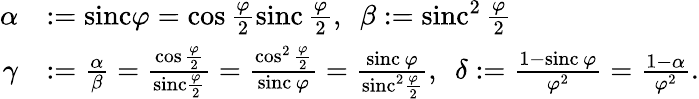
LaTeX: \begin{array}{rl}{\alpha}&{:=\mathrm{sinc}\varphi=\cos\frac{\varphi}{2}\mathrm{sinc\, }\frac{\varphi}{2},\ \ \beta:=\mathrm{sinc}^{2}\mathrm{\, }\frac{\varphi}{2}}\\ {\gamma}&{:=\frac{\alpha}{\beta}=\frac{\cos\frac{\varphi}{2}}{\mathrm{sinc}\frac{\varphi}{2}}=\frac{\cos^{2}\frac{\varphi}{2}}{\mathrm{sinc\, }\varphi}=\frac{\mathrm{sinc\, }\varphi}{\mathrm{sinc}^{2}\frac{\varphi}{2}},\ \ \delta:=\frac{1-\mathrm{sinc\, }\varphi}{\varphi^{2}}=\frac{1-\alpha}{\varphi^{2}}.}\end{array}